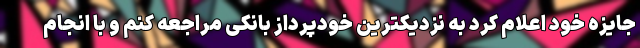
جایزه خود اعلام کرد به نزدیکترین خودپرداز بانکی مراجعه کنم و با انجام